Scottish Leaving Certificate Examination, 1960
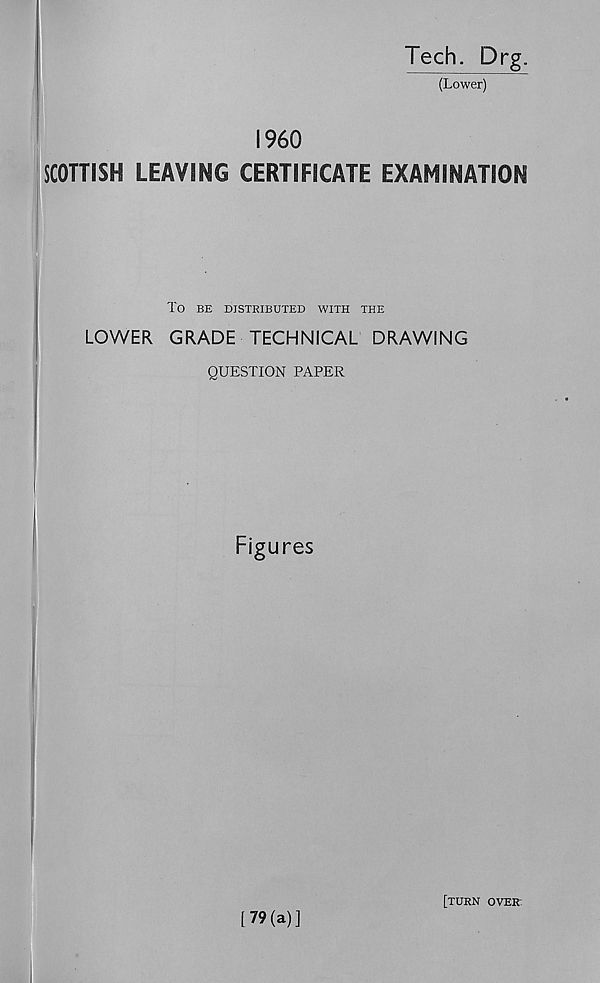
Tech. Drg.
(Lower)
I960
SCOTTISH LEAVING CERTIFICATE EXAMINATION
TO BE DISTRIBUTED WITH THE
LOWER GRADE TECHNICAL DRAWING
QUESTION PAPER
Figures
[79(a)]
[TURN OVER: